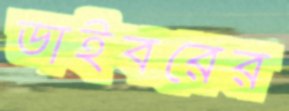
ডাইবরের